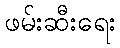
ဖမ်းဆီးရေး